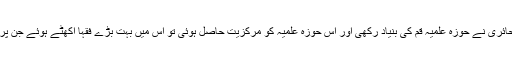
جب آیت اللہ شیخ عبدالکریم حائری‌ نے حوزہ علمیہ قم کی بنیاد رکھی اور اس حوزہ علمیہ کو مرکزیت حاصل ہوئی تو اس میں بہت بڑے فقہا اکھٹے ہوئے جن پر آیت اللہ کا عنوان اطلاق ہوا۔